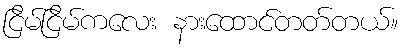
ငြိမ်ငြိမ်ကလေး နားထောင်တတ်တယ်။